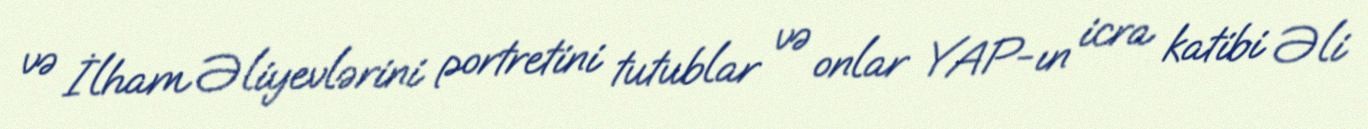
və İlham Əliyevlərini portretini tutublar və onlar YAP-ın icra katibi Əli